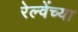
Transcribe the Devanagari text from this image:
रेल्वेंच्या